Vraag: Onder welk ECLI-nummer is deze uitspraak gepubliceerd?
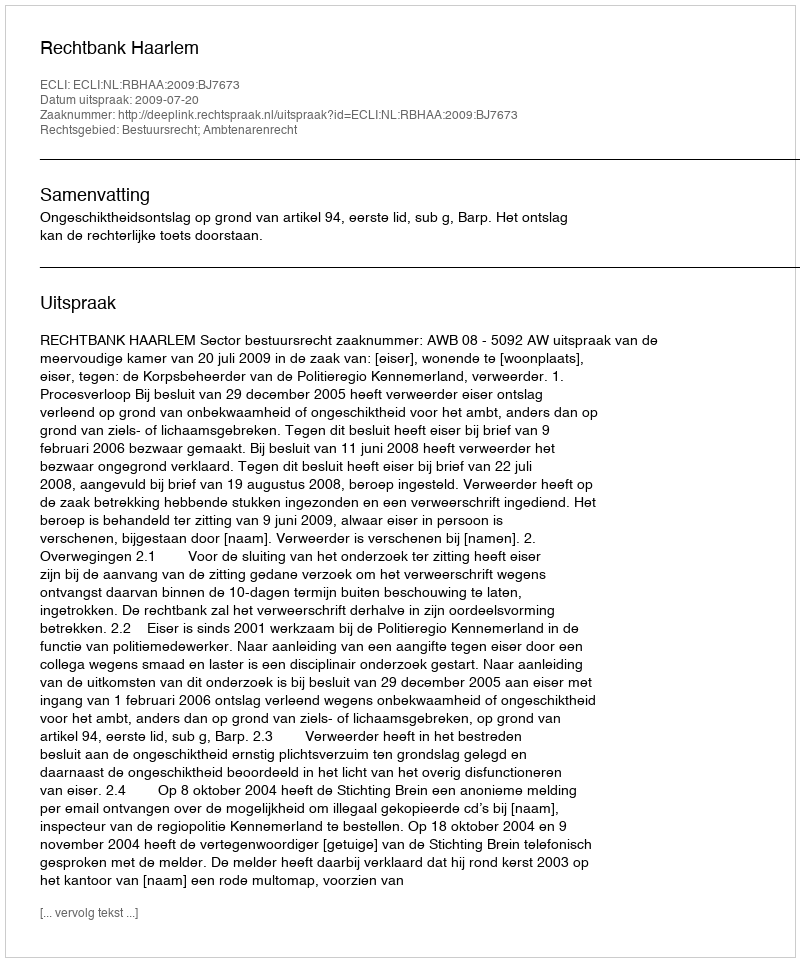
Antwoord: ECLI:NL:RBHAA:2009:BJ7673